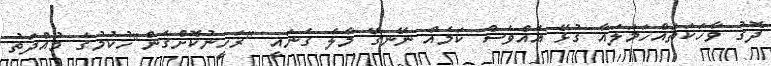
ދޮގު ވާހަކަތައްހަމަލައާ ގުޅޭ އެއްވެސް ކަމެއް ނޭނގޭ މާލެ ގެނައީ "ރަހީނުކޮށްގެން"ހުކުމުގެ މުއްދަތު